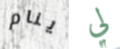
ينام لي